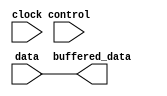
module lvcmos_buffer (
  input data,
  input clock,
  input control,
  output wire buffered_data
);

  assign buffered_data = data;

endmodule